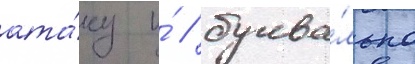
ата́ку и́ / буква́льно